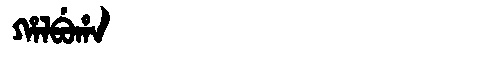
Manchu: ᡥᠠᠯᠪᡠᡥᠠ
Romanization: HALBUHA